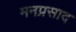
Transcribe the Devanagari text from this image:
मनप्रसाद